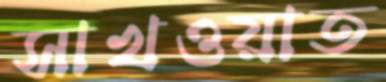
সাখওয়াত